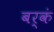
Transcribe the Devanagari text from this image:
बर्कं